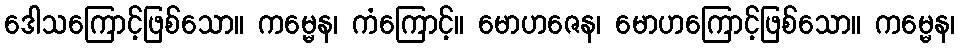
ဒေါသကြောင့်ဖြစ်သော။ ကမ္မေန၊ ကံကြောင့်။ မောဟဇေန၊ မောဟကြောင့်ဖြစ်သော။ ကမ္မေန၊